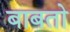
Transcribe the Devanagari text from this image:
बाबतो